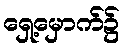
ရှေ့မှောက်၌